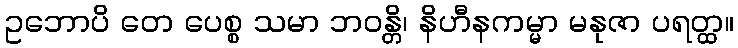
ဥဘောပိ တေ ပေစ္စ သမာ ဘဝန္တိ၊ နိဟီနကမ္မာ မနုဇာ ပရတ္ထ။